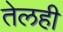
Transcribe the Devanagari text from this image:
तेलही